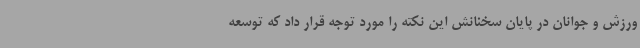
ورزش و جوانان در پایان سخنانش این نکته را مورد توجه قرار داد که توسعه